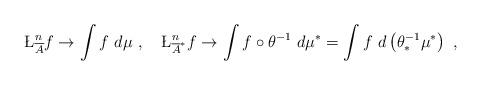
LaTeX: \begin{align*}\L^n_{\overline{A}} f \to \int f \ d\mu \ , \ \ \ \L^n_{\overline{A}^*} f \to \int f \circ \theta^{-1} \ d\mu^* = \int f \ d \left( \theta^{-1}_* \mu^* \right) \ ,\end{align*}